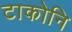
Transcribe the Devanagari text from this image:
टाकोनि